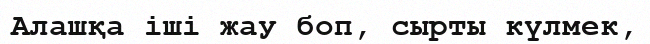
Алашқа іші жау боп, сырты күлмек,